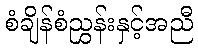
စံချိန်စံညွှန်းနှင့်အညီ